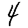
Digit: 4